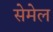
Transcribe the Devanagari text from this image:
सेमेल